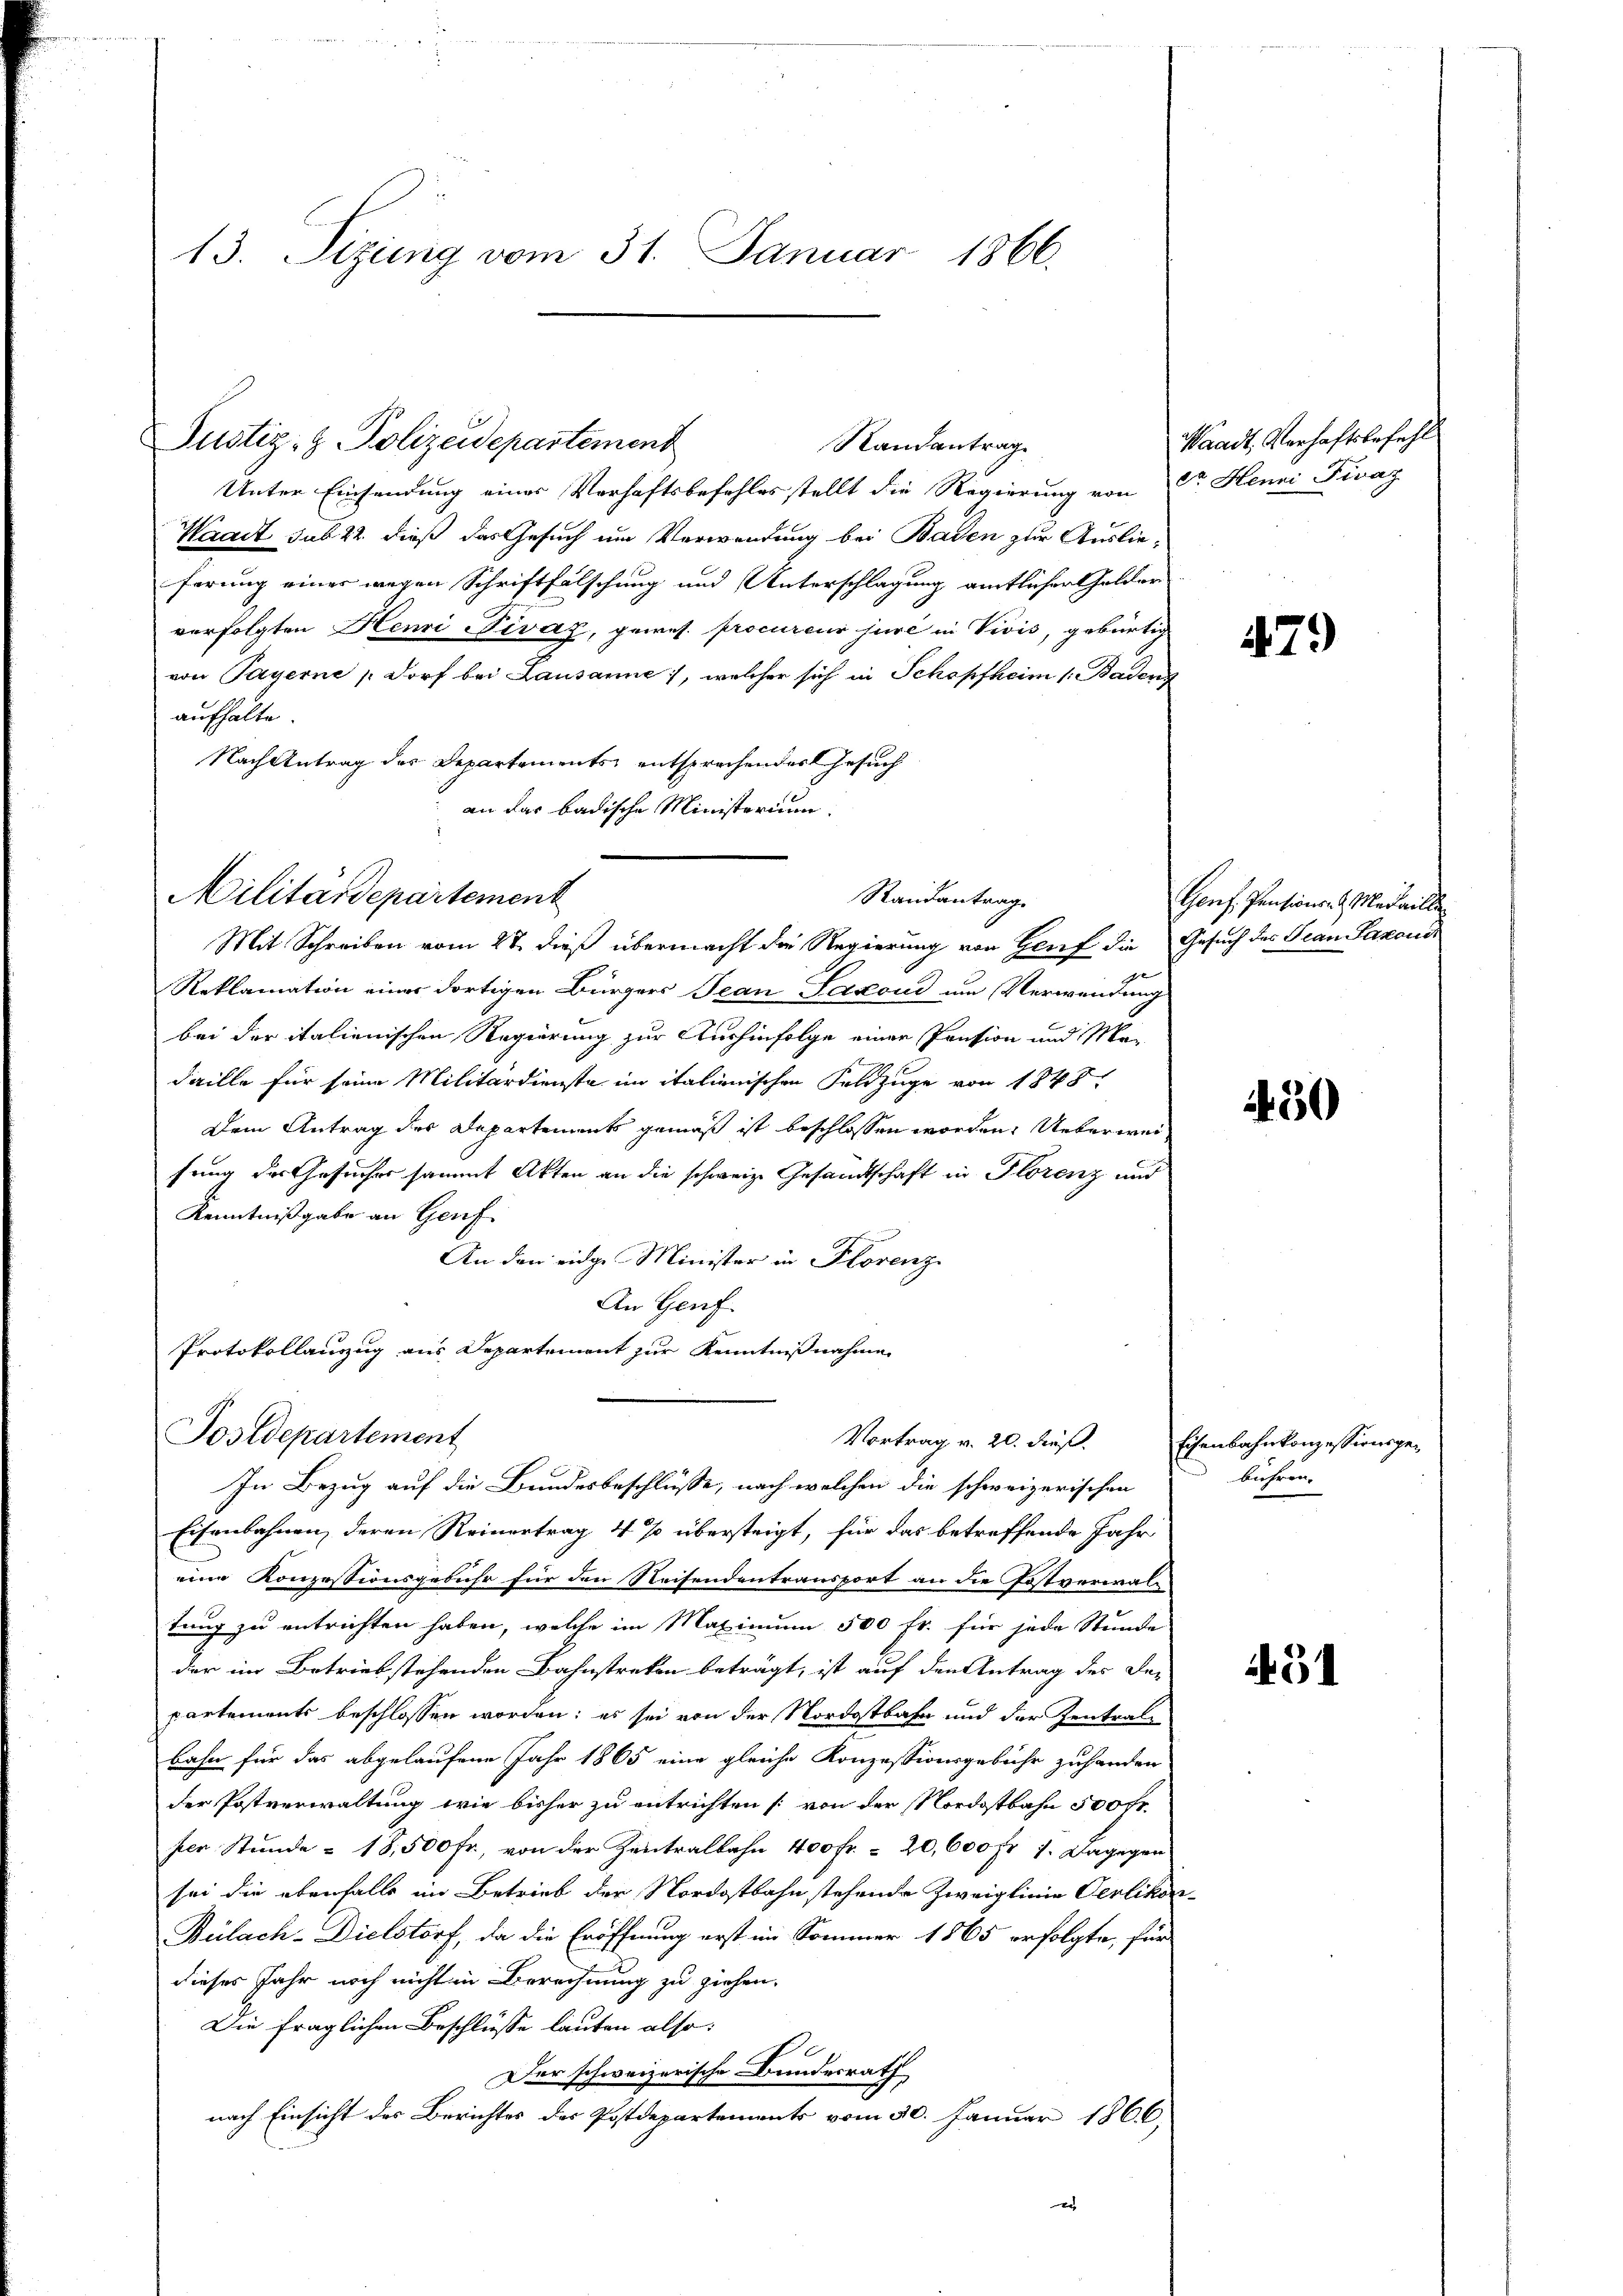
13. Sizung vom 31. Januar 1866.

Justiz- & Polizeidepartement
Unter Einsendung eines Verhaftsbefehles stellt die Regierung von Sr. Henni Fivaz
Waadt sub 22. dieß das Gesuch um Verwendung bei Baden zur Auslieferung einer wegen Schriftfälschung und Unterschlagung amtlicher Golder
verfolgten Henri Pivaz, gewes. procureur jure in Vivis, gebürtig
von Payerne Dorf bei Lausanne, welcher sich in Schopfheim (Baden
aufhalte.
Nach Antrag des Departements entsprechendes Gesuch
an das badische Ministerium.
Mit Schreiben vom 27. dieß übermacht die Regierung von Genf die Gesuch des Jean Pakonir
Reklamation einer dortigen Bürgers Jean Paxond um Verwendung
bei der italienischen Regierung zur Aushinfolge einer Pension und Men
daille für seine Militärdienste in italienischen Feldzüge von 1848
Dem Antrag des Departements gemäß ist beschlossen worden, Unterweifung der Gesucher sammt Akten an die schweiz. Gesandtschaft in Florenz und
Kenntnißgabe an Genf.
An den eidge Minister in Florenz
An Genf
Protokollanzug aus Departement zur Kenntnißnahme
Postdepartement
Vortrag v. 20. dieß.
In Bezug auf die Bundesbeschlüsse, nach welchen die schweizerischen
Eisenbahnen, deren Reinertrag 4 % übersteigt, für das betreffende Jahr
eine Konzessionsgebühr für den Reisendentransport an die Postverwaltung zu entrichten haben, welche im Maximum 500 fr. für jede Stunde
der im Betriebstehenden Bahnstreken beträgt, ist auf den Antrag des derpartements beschlossen worden; es sei von der Nordostbahn und der Zentralbahn für das abgelaufene Jahr 1865 eine gleiche Konzessionsgebühr zuhanden
der Postverwaltung wie bisher zu entrichten /: von der Nordostbahn 500 fr.
per Stunde = 18,500 Fr., von der Zentralbahn 400 Fr. = 20,600 Fr. 1. Dagegen
sei die ebenfalls im Betrieb der Nordostbahn stehende Zweiglinie Oerlikon.
Bülach-Dielstorf, da die Eröffnung erst im Sommer 1865 erfolgte, für
dieses Jahr noch nicht in Berechnung zu ziehen.
Die fraglichen Beschlüsse lauten also:
e
Der schweizerische Bundesrath
nach Einsicht des Berichtes des Postdepartements vom 30. Januar 1866,

Militärdepartement

Randantrage

Randantrag

ge

Waadt, Verhaftsbefehl

2

)

Genf. Pensions-G. Medaille

450

Eisenbahnkonzessionsgebühren.

51